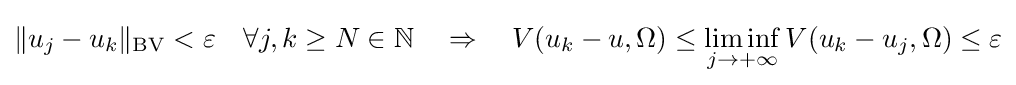
\Vert u_{j}-u_{k}\Vert _{\operatorname {BV} }<\varepsilon \quad \forall j,k\geq N\in \mathbb {N} \quad \Rightarrow \quad V(u_{k}-u,\Omega )\leq \liminf _{j\rightarrow +\infty }V(u_{k}-u_{j},\Omega )\leq \varepsilon